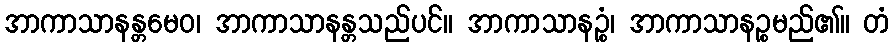
အာကာသာနန္တမေဝ၊ အာကာသာနန္တသည်ပင်။ အာကာသာနဉ္စံ၊ အာကာသာနဉ္စမည်၏။ တံ